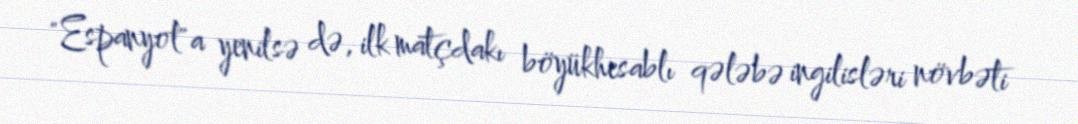
"Espanyol"a yenilsə də, ilk matçdakı böyükhesablı qələbə ingilisləri növbəti